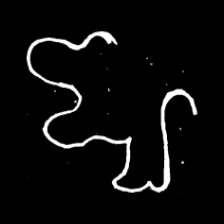
Pyu character \u2014 Myanmar letter: ဈ (romanized: jha)